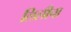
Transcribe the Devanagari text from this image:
लिलीचा